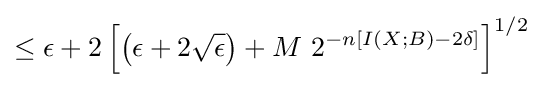
\leq \epsilon +2\left[\left(\epsilon +2{\sqrt {\epsilon }}\right)+M\ 2^{-n\left[I\left(X;B\right)-2\delta \right]}\right]^{1/2}